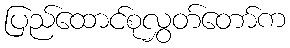
ပြည်ထောင်စုလွှတ်တော်က